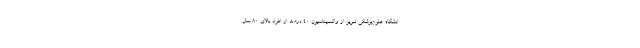
انشگاه علوم‌پزشکی تبریز از واکسیناسیون 40 درصد از افراد بالای 80 سال